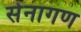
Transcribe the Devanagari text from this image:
सेनागण